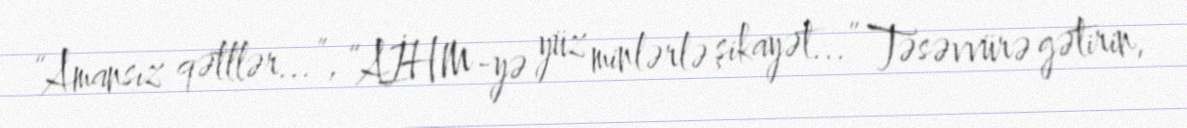
“Amansız qətllər...”, “AİHM-yə yüz minlərlə şikayət...” Təsəvvürə gətirin,